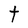
Character: t